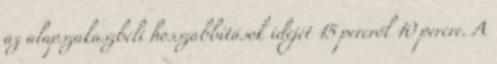
az alapszakaszbeli hosszabbítások idejét 15 percről 10 percre. A